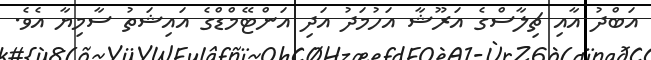
އަބްދު އާއި ޗިލާސްގެ އަރޫޝާ އަހުމަދު އަދި އަންޓޭމްޑްގެ އައިޝަތު ސާމިޔާ އެވެ.